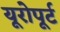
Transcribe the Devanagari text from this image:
यूरोपूर्ट